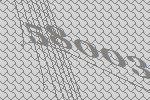
58003